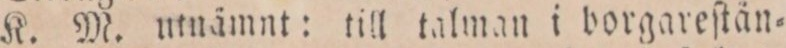
K. M. utnämnt: till talman i borgareſtän=